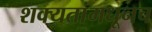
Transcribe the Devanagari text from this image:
शक्यतांमधूनच